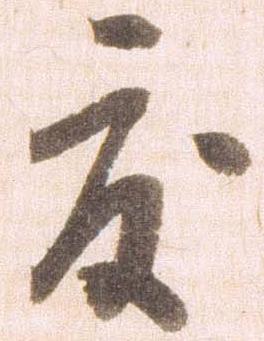
度